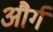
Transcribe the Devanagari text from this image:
और्ग